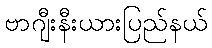
ဗာဂျီးနီးယားပြည်နယ်